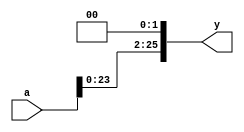
module sl226(a, y);
  input [25:0] a;
  output [25:0] y;

  // shift left by 2
  assign y = {a[23:0], 2'b00};
endmodule